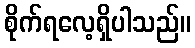
စိုက်ရလေ့ရှိပါသည်။